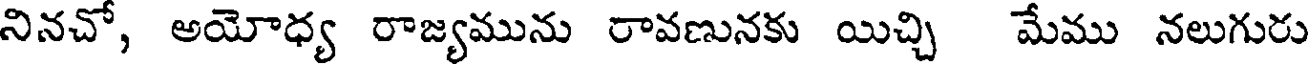
నినచో, అయోధ్య రాజ్యమును రావణునకు యిచ్చి మేము నలుగురు